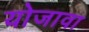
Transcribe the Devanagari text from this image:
योजावा